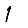
Digit: 1